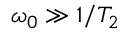
\omega _ { 0 } \gg 1 / T _ { 2 }